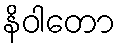
နိဝါတော